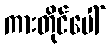
ကားတိုင်ပေါ်